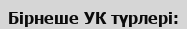
Бірнеше УК түрлері: